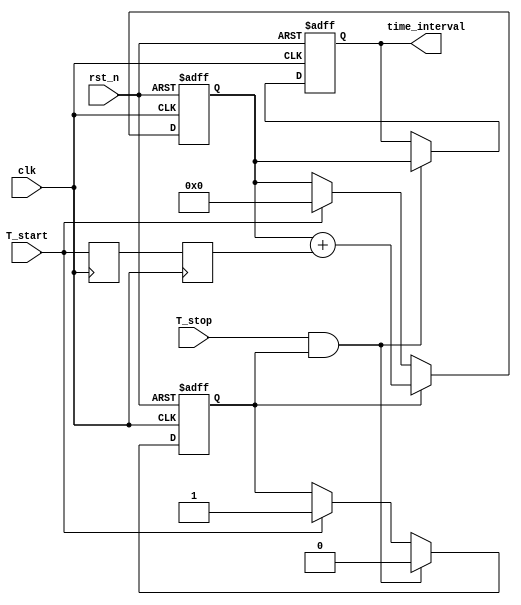
module TDC (
    input wire clk,          // System clock
    input wire rst_n,        // Active low reset
    input wire T_start,      // Start signal
    input wire T_stop,       // Stop signal
    output reg [N-1:0] time_interval // Output time interval (N bits)
);

parameter N = 8; // Number of bits for the counter
parameter DELAY_STAGES = 16; // Number of delay stages

// Delay line signals
reg [DELAY_STAGES-1:0] delay_line;
reg [DELAY_STAGES-1:0] delay_line_out;
reg counting;

// Counter
reg [N-1:0] counter;

// Control logic
always @(posedge clk or negedge rst_n) begin
    if (!rst_n) begin
        counter <= 0;
        counting <= 0;
        time_interval <= 0;
    end else begin
        // Start counting on T_start
        if (T_start) begin
            counting <= 1;
            counter <= 0;
        end
        
        // Stop counting on T_stop
        if (T_stop && counting) begin
            counting <= 0;
            time_interval <= counter; // Capture the time interval
        end
        
        // Increment counter based on delay line output
        if (counting) begin
            counter <= counter + delay_line_out[0]; // Increment if delay line output is valid
        end
    end
end

// Delay line generation
always @(posedge clk) begin
    // Shift the delay line
    delay_line <= {delay_line[DELAY_STAGES-2:0], T_start};
    
    // Example of a simple delay mechanism (for illustration)
    delay_line_out <= delay_line; // In practice, this would be more complex
end

endmodule